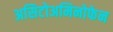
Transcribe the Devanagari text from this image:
असिटोअमिनोफेन